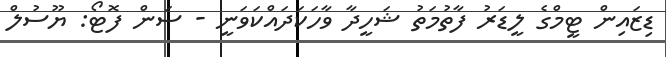
ޑިޒައިން ޓީމްގެ ލީޑަރު ފާތުމަތު ޝަހީދާ ވާހަކަދައްކަވަނީ - ސަން ފޮޓޯ: ޔޫސުލް